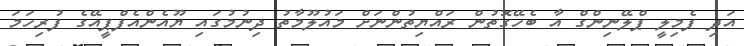
އަދި ފެމިލީ ޕްލޭނިންގް އާ ބެހޭގޮތުން ރައްޔިތުންނަށް މައުލޫމާތު ދިނުމުގައި ޔޫއެންއެފްޕީއޭގެ ފުރިހަމަ